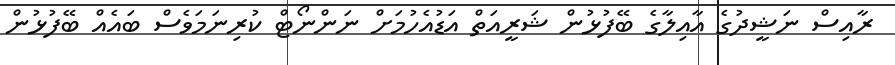
ރާއިސް ނަޝީދުގެ އާއިލާގެ ބޭފުޅުން ޝަރީއަތް އަޑުއެހުމަށް ނަންނޯޓް ކުރިނަމަވެސް ބައެއް ބޭފުޅުން